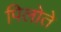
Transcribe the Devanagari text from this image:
पिलोते